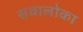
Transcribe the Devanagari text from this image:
सवालोका